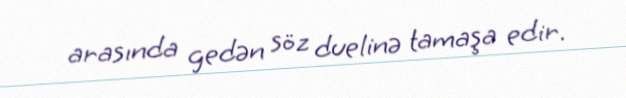
arasında gedən söz duelinə tamaşa edir.